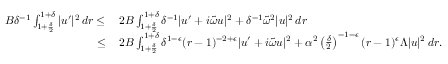
\begin{array} { r l } { B \delta ^ { - 1 } \int _ { 1 + \frac { \delta } { 2 } } ^ { 1 + \delta } | u ^ { \prime } | ^ { 2 } \, d r \leq } & { \: 2 B \int _ { 1 + \frac { \delta } { 2 } } ^ { 1 + \delta } \delta ^ { - 1 } | u ^ { \prime } + i \widetilde { \omega } u | ^ { 2 } + \delta ^ { - 1 } \widetilde { \omega } ^ { 2 } | u | ^ { 2 } \, d r } \\ { \leq } & { \: 2 B \int _ { 1 + \frac { \delta } { 2 } } ^ { 1 + \delta } \delta ^ { 1 - \epsilon } ( r - 1 ) ^ { - 2 + \epsilon } | u ^ { \prime } + i \widetilde { \omega } u | ^ { 2 } + \alpha ^ { 2 } \left( \frac { \delta } { 2 } \right) ^ { - 1 - \epsilon } ( r - 1 ) ^ { \epsilon } \Lambda | u | ^ { 2 } \, d r . } \end{array}